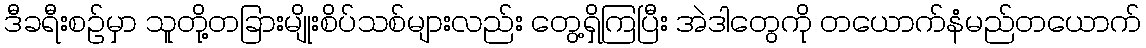
ဒီခရီးစဉ်မှာ သူတို့တခြားမျိုးစိပ်သစ်များလည်း တွေ့ရှိကြပြီး အဲဒါတွေကို တယောက်နံမည်တယောက်